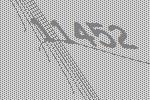
11452